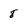
Character: 8